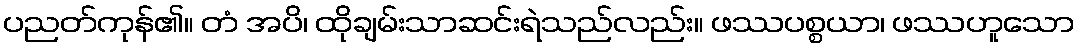
ပညတ်ကုန်၏။ တံ အပိ၊ ထိုချမ်းသာဆင်းရဲသည်လည်း။ ဖဿပစ္စယာ၊ ဖဿဟူသော